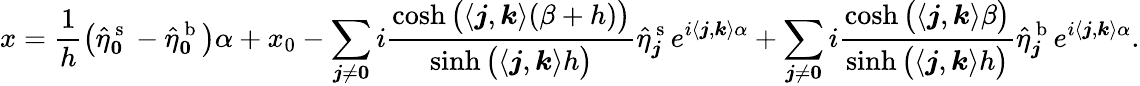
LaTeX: x=\frac{1}{h}\big(\hat{\eta}_{\boldsymbol 0}^{\mathrm{~s~}}-\hat{\eta}_{\boldsymbol 0}^{\mathrm{~b~}}\big)\alpha+x_{0}-\sum_{\boldsymbol j\neq\boldsymbol 0}i\frac{\cosh\big(\langle\boldsymbol j,\boldsymbol k\rangle(\beta+h)\big)}{\sinh\big(\langle\boldsymbol j,\boldsymbol k\rangle h\big)}\hat{\eta}_{\boldsymbol j}^{\mathrm{~s~}}e^{i\langle\boldsymbol j,\boldsymbol k\rangle\alpha}+\sum_{\boldsymbol j\neq\boldsymbol 0}i\frac{\cosh\big(\langle\boldsymbol j,\boldsymbol k\rangle\beta\big)}{\sinh\big(\langle\boldsymbol j,\boldsymbol k\rangle h\big)}\hat{\eta}_{\boldsymbol j}^{\mathrm{~b~}}e^{i\langle\boldsymbol j,\boldsymbol k\rangle\alpha}.